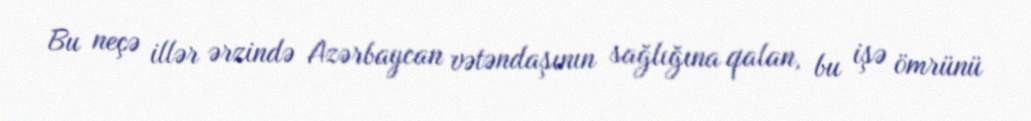
Bu neçə illər ərzində Azərbaycan vətəndaşının sağlığına qalan, bu işə ömrünü